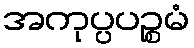
အကုပ္ပပဉ္စမံ